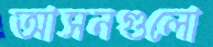
আসনগুলো